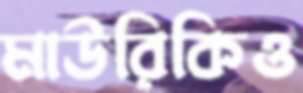
মাউরিকিও